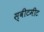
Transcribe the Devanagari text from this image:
स्वीटमीट